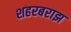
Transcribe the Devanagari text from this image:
शहरबराझ